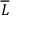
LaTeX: \overline { { L } }